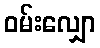
ဝမ်းလျှော